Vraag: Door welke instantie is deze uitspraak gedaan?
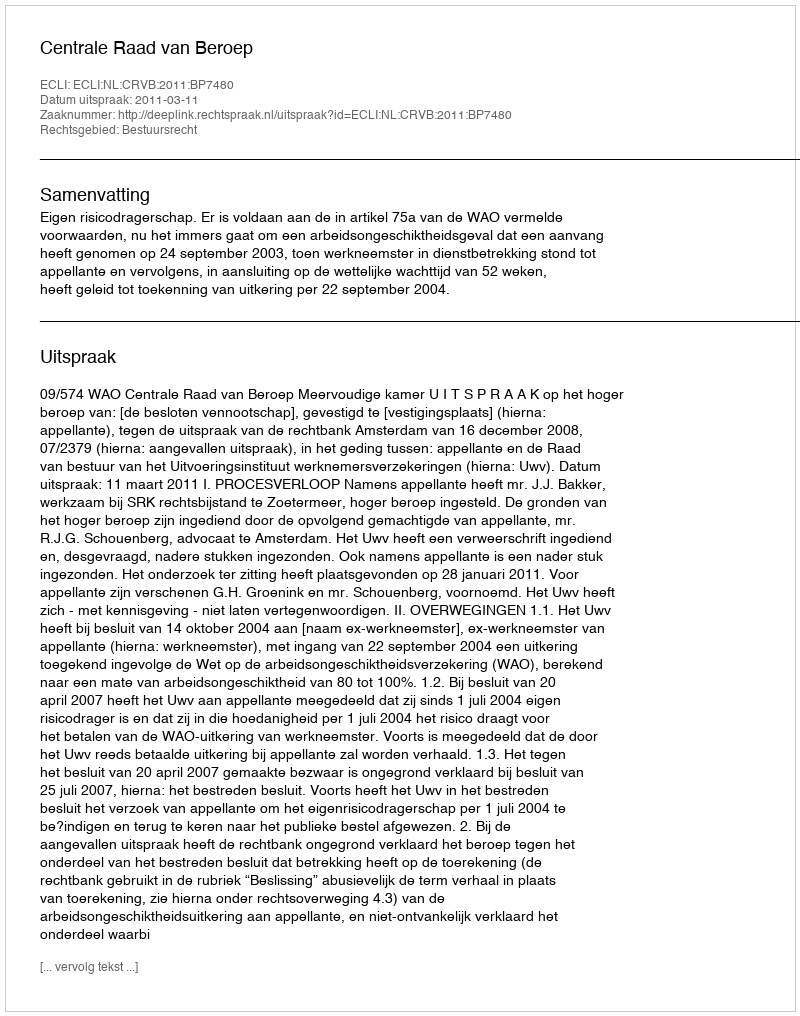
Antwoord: Centrale Raad van Beroep